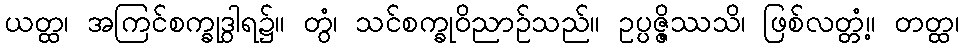
ယတ္ထ၊ အကြင်စက္ခုဒွါရ၌။ တွံ၊ သင်စက္ခုဝိညာဉ်သည်။ ဥပ္ပဇ္ဇိဿသိ၊ ဖြစ်လတ္တံ့။ တတ္ထ၊